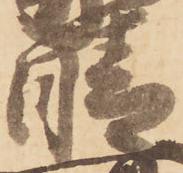
晴